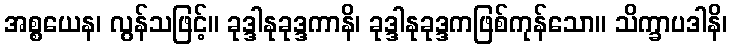
အစ္စယေန၊ လွန်သဖြင့်။ ခုဒ္ဒါနုခုဒ္ဒကာနိ၊ ခုဒ္ဒါနုခုဒ္ဒကဖြစ်ကုန်သော။ သိက္ခာပဒါနိ၊